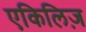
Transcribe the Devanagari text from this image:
एकिलिज़